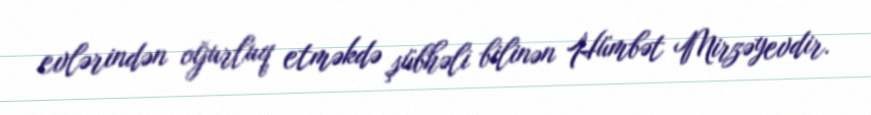
evlərindən oğurluq etməkdə şübhəli bilinən Hümbət Mirzəyevdir.